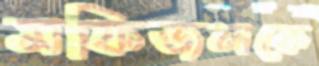
মফিজলকে